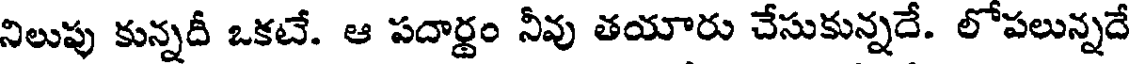
నిలుపు కున్నదీ ఒకటే. ఆ పదార్ధం నీవు తయారు చేసుకున్నదే. లోపలున్నదే